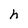
Character: h